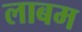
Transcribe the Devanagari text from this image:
लाबम